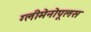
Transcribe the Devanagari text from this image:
ग्लीमेनोपूलस